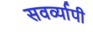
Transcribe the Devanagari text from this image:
सवर्व्यापी